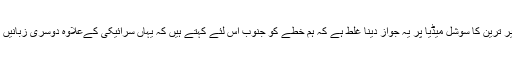
انہوں نے کہا کہ علی جہانگیر ترین کا سوشل میڈیا پر یہ جواز دینا غلط ہے کہ ہم خطے کو جنوب اس لئے کہتے ہیں کہ یہاں سرائیکی کےعلاوہ دوسری زبانیں بولنے والے بھی رہتے ہیں ۔